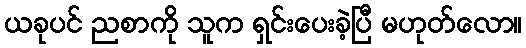
ယခုပင် ညစာကို သူက ရှင်းပေးခဲ့ပြီ မဟုတ်လော။